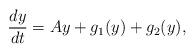
LaTeX: \begin{align*}\frac{dy}{dt} = Ay + g_1(y) + g_2(y),\end{align*}